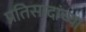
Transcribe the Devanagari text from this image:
प्रतिसादांच्या